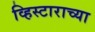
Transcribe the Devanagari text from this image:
व्हिस्टाराच्या